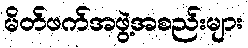
မိတ်ဖက်အဖွဲ့အစည်းများ